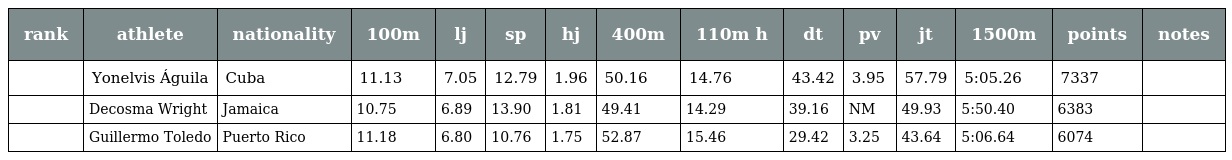
| rank | athlete | nationality | 100m | lj | sp | hj | 400m | 110m h | dt | pv | jt | 1500m | points | notes |
 | --- | --- | --- | --- | --- | --- | --- | --- | --- | --- | --- | --- | --- | --- | --- |
 |  | Yonelvis Águila | Cuba | 11.13 | 7.05 | 12.79 | 1.96 | 50.16 | 14.76 | 43.42 | 3.95 | 57.79 | 5:05.26 | 7337 |  |
 |  | Decosma Wright | Jamaica | 10.75 | 6.89 | 13.90 | 1.81 | 49.41 | 14.29 | 39.16 | NM | 49.93 | 5:50.40 | 6383 |  |
 |  | Guillermo Toledo | Puerto Rico | 11.18 | 6.80 | 10.76 | 1.75 | 52.87 | 15.46 | 29.42 | 3.25 | 43.64 | 5:06.64 | 6074 |  |